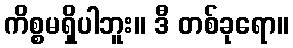
ကိစ္စမရှိပါဘူး။ ဒီ တစ်ခုရော။